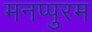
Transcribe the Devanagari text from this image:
मनप्पुरम